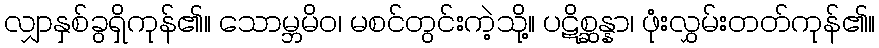
လျှာနှစ်ခွရှိကုန်၏။ သောမ္ဘမိဝ၊ မစင်တွင်းကဲ့သို့။ ပဋိစ္ဆန္နာ၊ ဖုံးလွှမ်းတတ်ကုန်၏။